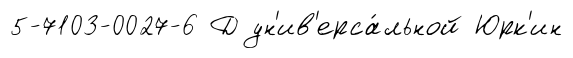
5-7103-0027-6 Д ун'ив'ерса́льной Юрк'ин